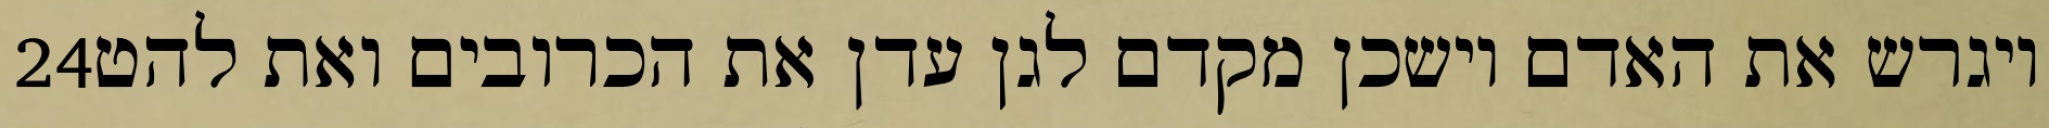
‎24‏ ויגרש את האדם וישכן מקדם לגן עדן את הכרובים ואת להט